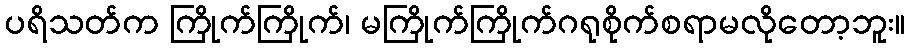
ပရိသတ်က ကြိုက်ကြိုက်၊ မကြိုက်ကြိုက်ဂရုစိုက်စရာမလိုတော့ဘူး။